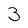
Character: 3